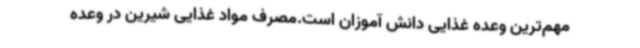
مهم‌ترین وعده غذایی دانش آموزان است.مصرف مواد غذایی شیرین در وعده